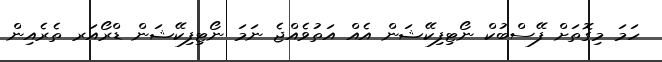
ހަމަ މިގޮތަށް ފޭސްބުކް ނޯޓިފިކޭޝަން އެއް އަތުވެއްޖެ ނަމަ ނޯޓިފިކޭޝަން ޑްރޯއަރ ތެރެއިން